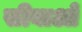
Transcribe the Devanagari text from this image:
सीबाओ